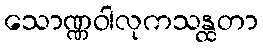
သောဏ္ဏဝါလုကသန္ထတာ